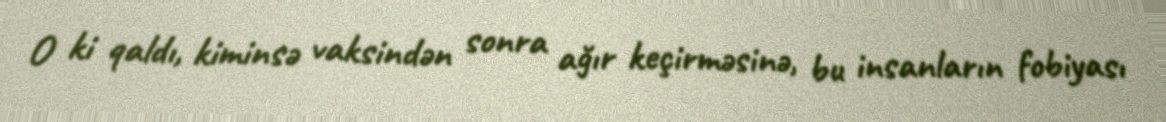
O ki qaldı, kiminsə vaksindən sonra ağır keçirməsinə, bu insanların fobiyası